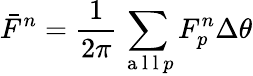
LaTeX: \bar{F}^{n}=\frac{1}{2\pi}\sum_{\mathrm{~a~l~l~}p}F_{p}^{n}\Delta\theta